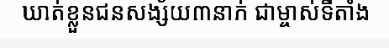
ឃាត់ខ្លួនជនសង្ស័យ៣នាក់ ជាម្ចាស់ទីតាំង